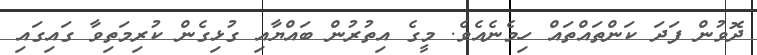
ދޮވުން ފަދަ ކަންތައްތައް ހިމެނެއެވެ. މީގެ އިތުރުން ބައްޔާއި ގުޅިގެން ކުރިމަތިވާ ގައިގައި